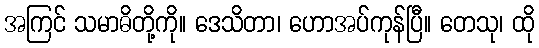
အကြင် သမာဓိတို့ကို။ ဒေသိတာ၊ ဟောအပ်ကုန်ပြီ။ တေသု၊ ထို